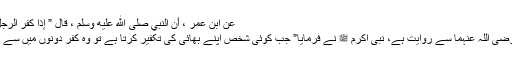
عَنِ ابْنِ عُمَرَ ، أَنَّ النَّبِيَّ صَلَّى اللّٰهُ عَلَيْهِ وَسَلَّمَ ، قَالَ ” إِذَا كَفَّرَ الرَّجُلُ أَخَاهُ ، فَقَدْ بَاءَ بِهَا أَحَدُهُمَا
حضرت عبداللہ بن عمر رضی اللہ عنہما سے روایت ہے، نبی اکرم ﷺ نے فرمایا” جب کوئی شخص اپنے بھائی کی تکفیر کرتا ہے تو وہ کفر دونوں میں سے کسی پر ضرور پلٹے گا”۔